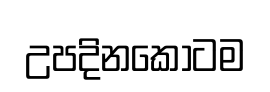
උපදිනකොටම